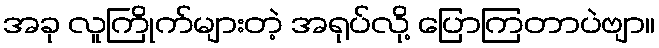
အခု လူကြိုက်များတဲ့ အရုပ်လို့ ပြောကြတာပဲဗျာ။